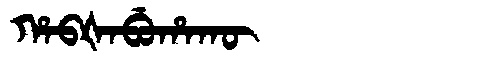
Manchu: ᡥᠠᠪᡧᠠᠪᡠᡥᠠᡴᡡ
Romanization: HABŠABUHAKŪ